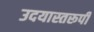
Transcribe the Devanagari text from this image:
उदयास्तरूपी